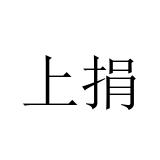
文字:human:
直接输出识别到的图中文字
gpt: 上捐